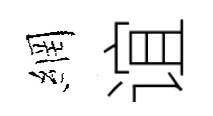
網谊